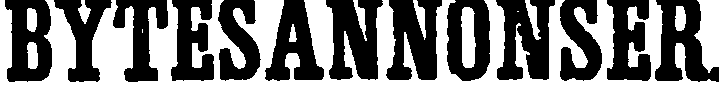
BYTESANNONSER.